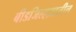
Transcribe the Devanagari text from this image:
बीडजिल्हय़ातील